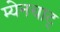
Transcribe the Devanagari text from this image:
म्येनचाट्